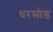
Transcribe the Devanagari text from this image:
धरसोड